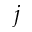
\boldsymbol { j }